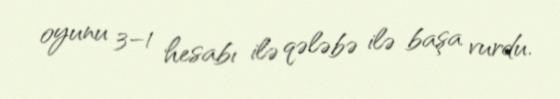
oyunu 3–1 hesabı ilə qələbə ilə başa vurdu.